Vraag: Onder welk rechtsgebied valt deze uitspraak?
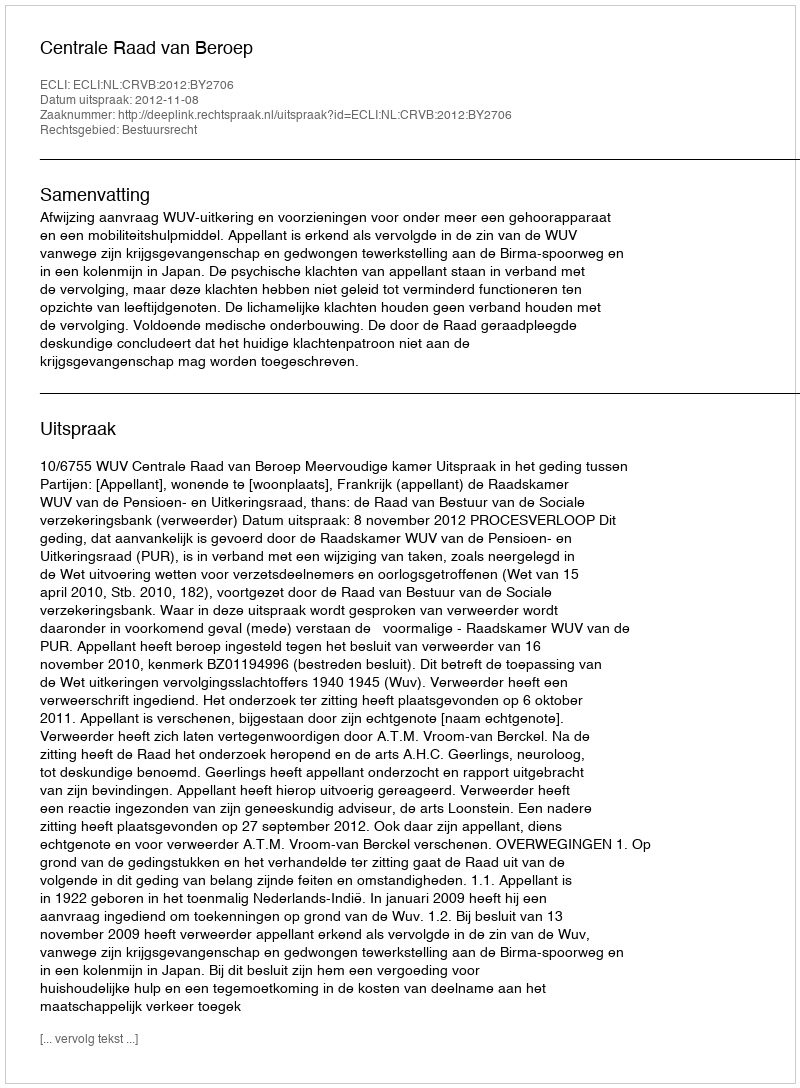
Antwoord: Bestuursrecht